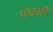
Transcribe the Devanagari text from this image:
पधनी